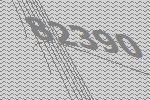
82390